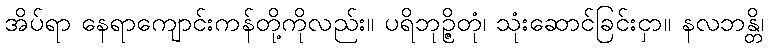
အိပ်ရာ နေရာကျောင်းကန်တို့ကိုလည်း။ ပရိဘုဉ္ဇိတုံ၊ သုံးဆောင်ခြင်းငှာ။ နလဘန္တိ၊